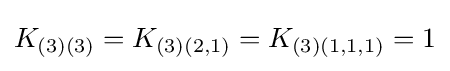
K_{(3)(3)}=K_{(3)(2,1)}=K_{(3)(1,1,1)}=1